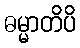
ဓမ္မာတိပိ